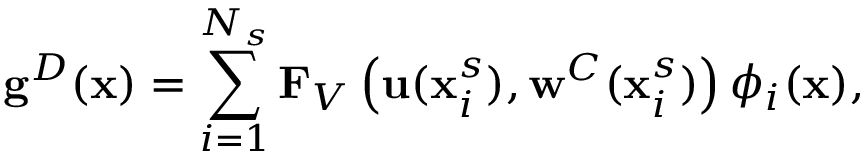
\mathbf { g } ^ { D } ( \mathbf { x } ) = \sum _ { i = 1 } ^ { N _ { s } } \mathbf { F } _ { V } \left( \mathbf { u } ( \mathbf { x } _ { i } ^ { s } ) , \mathbf { w } ^ { C } ( \mathbf { x } _ { i } ^ { s } ) \right) { \phi } _ { i } ( \mathbf { x } ) ,